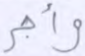
وأجر